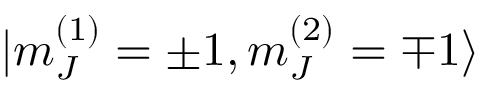
| m _ { J } ^ { ( 1 ) } = \pm 1 , m _ { J } ^ { ( 2 ) } = \mp 1 \rangle